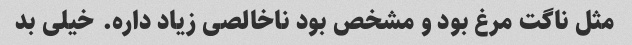
مثل ناگت مرغ بود و مشخص بود ناخالصی زیاد داره. خیلی بد